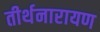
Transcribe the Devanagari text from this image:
तीर्थनारायण